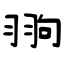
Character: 翑